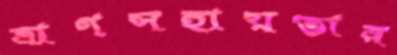
ত্রাণসহায়তার